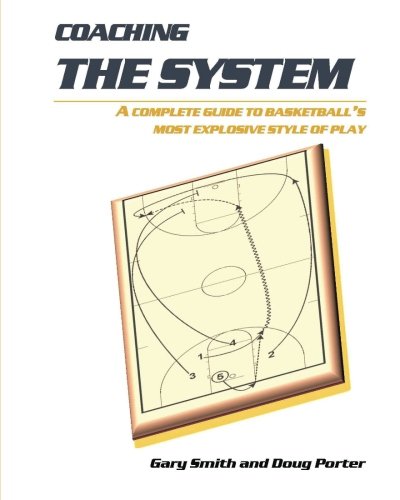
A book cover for Coaching the System: A complete guide to basketball's most explosive style of play; Gary Smith; Sports & Outdoors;